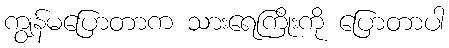
ကျွန်မပြောတာက သားရေကြိုးကို ပြောတာပါ